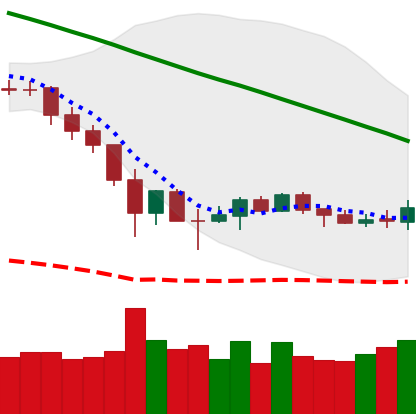
Ticker: BNB-USD
Chart end date: 2019-12-05
Forward return: -5.1%
Label: down_5_7